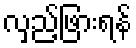
လှည့်ဖြားရန်